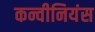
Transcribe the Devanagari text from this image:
कन्वीनियंस